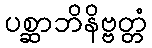
ပစ္ဆာဘိနိဗ္ဗတ္တံ